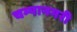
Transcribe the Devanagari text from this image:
चम्पानगरी